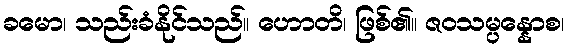
ခမော၊ သည်းခံနိုင်သည်။ ဟောတိ၊ ဖြစ်၏။ ဇဝသမ္ပန္နောစ၊